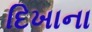
દિખાના